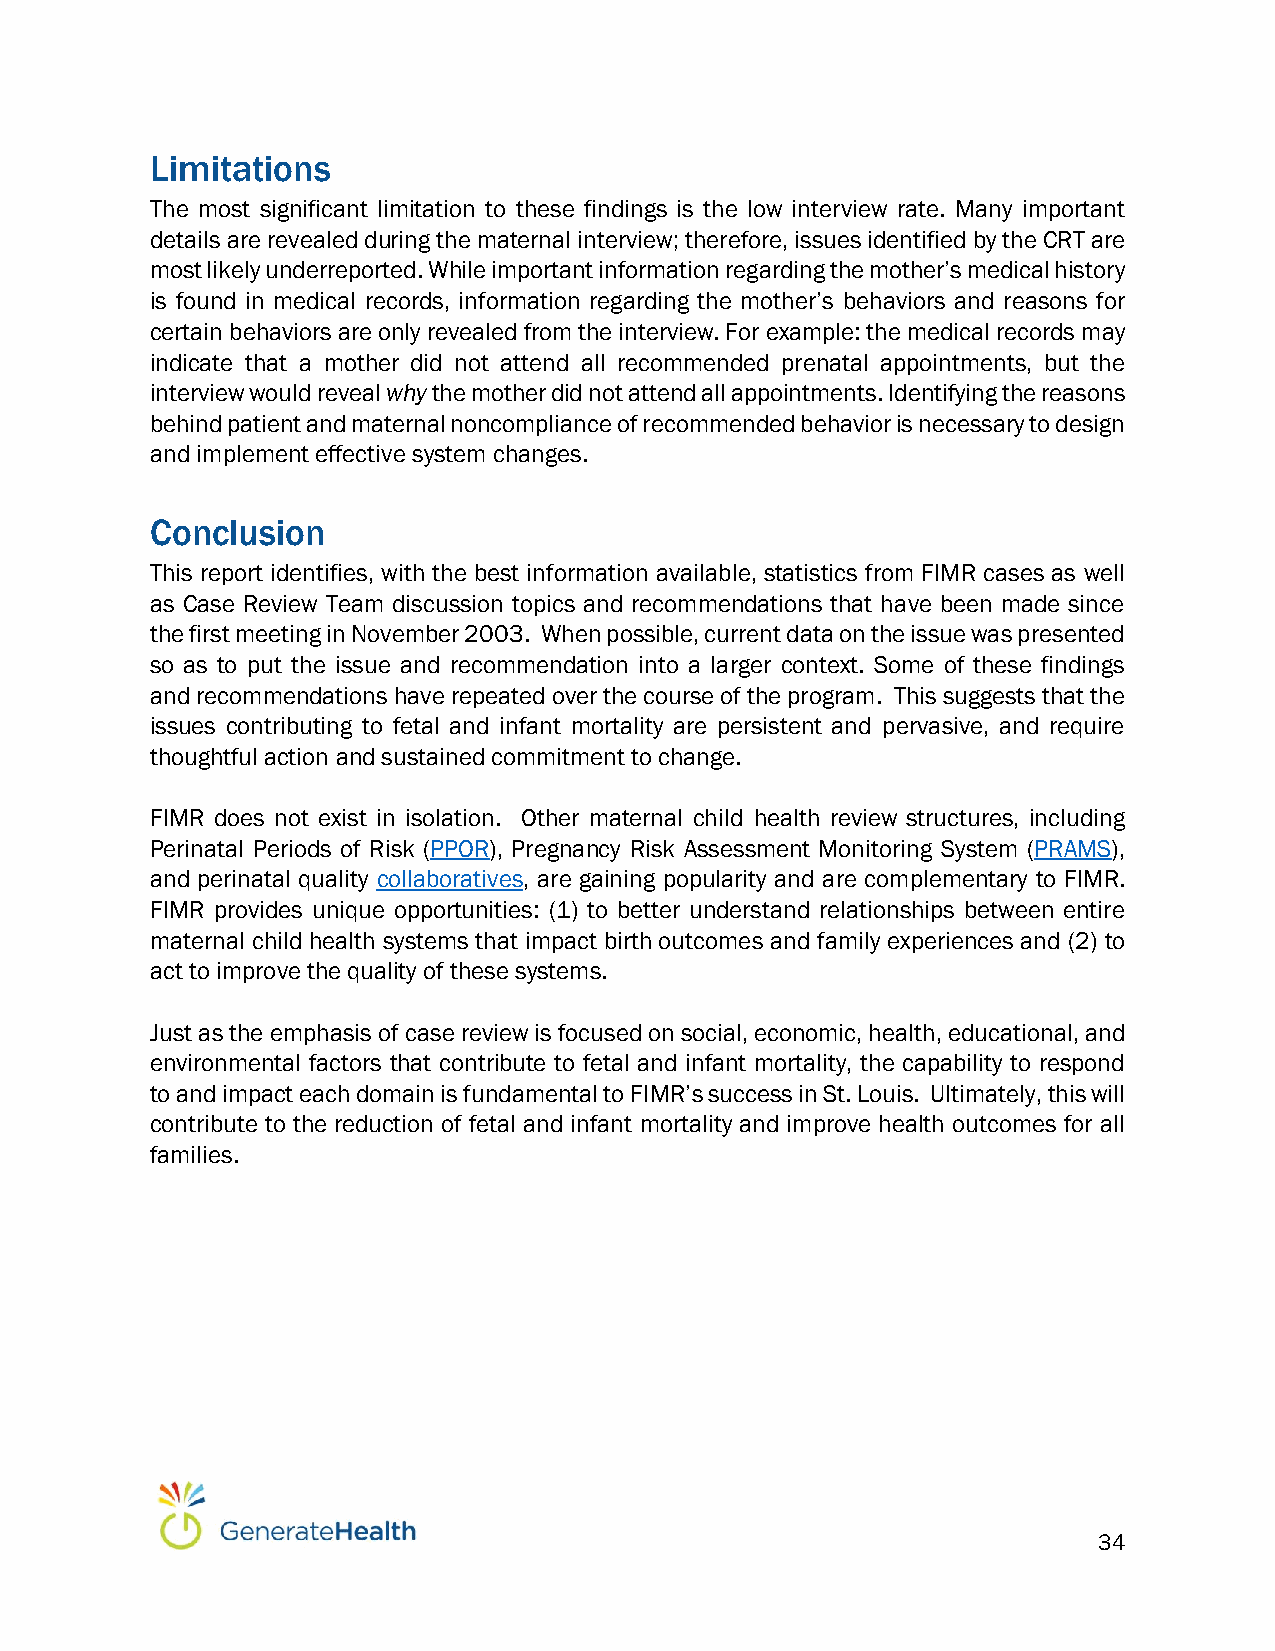
Limitations
 The most significant limitation to these findings is the low interview rate. Many important
 details are revealed during the maternal interview; therefore, issues identified by the CRT are
 most likely underreported. While important information regarding the mother’s medical history
 is found in medical records, information regarding the mother’s behaviors and reasons for
 certain behaviors are only revealed from the interview. For example: the medical records may
 indicate that a mother did not attend all recommended prenatal appointments, but the
 interview would reveal why the mother did not attend all appointments. Identifying the reasons
 behind patient and maternal noncompliance of recommended behavior is necessary to design
 and implement effective system changes.
 Conclusion
 This report identifies, with the best information available, statistics from FIMR cases as well
 as Case Review Team discussion topics and recommendations that have been made since
 the first meeting in November 2003. When possible, current data on the issue was presented
 so as to put the issue and recommendation into a larger context. Some of these findings
 and recommendations have repeated over the course of the program. This suggests that the
 issues contributing to fetal and infant mortality are persistent and pervasive, and require
 thoughtful action and sustained commitment to change.
 FIMR does not exist in isolation. Other maternal child health review structures, including
 Perinatal Periods of Risk (PPOR), Pregnancy Risk Assessment Monitoring System (PRAMS),
 and perinatal quality collaboratives, are gaining popularity and are complementary to FIMR.
 FIMR provides unique opportunities: (1) to better understand relationships between entire
 maternal child health systems that impact birth outcomes and family experiences and (2) to
 act to improve the quality of these systems.
 Just as the emphasis of case review is focused on social, economic, health, educational, and
 environmental factors that contribute to fetal and infant mortality, the capability to respond
 to and impact each domain is fundamental to FIMR’s success in St. Louis. Ultimately, this will
 contribute to the reduction of fetal and infant mortality and improve health outcomes for all
 families.
 34